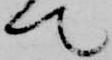
て